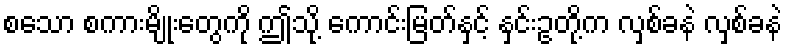
စသော စကားမျိုးတွေကို ဤသို့ ကောင်းမြတ်နှင့် နှင်းဥတို့က လှစ်ခနဲ လှစ်ခနဲ